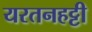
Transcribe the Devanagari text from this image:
यरतनहट्टी